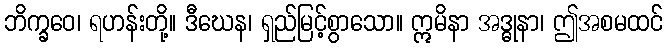
ဘိက္ခဝေ၊ ရဟန်းတို့။ ဒီဃေန၊ ရှည်မြင့်စွာသော။ ဣမိနာ အဒ္ဓုနာ၊ ဤအစမထင်